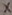
Text: X